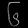
Digit: ၆